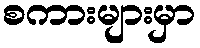
စကားများမှာ